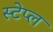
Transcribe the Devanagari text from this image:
स्टेप्ल